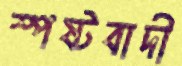
স্পষ্টবাদী